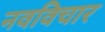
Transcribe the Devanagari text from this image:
नवविचार